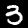
Digit: 3